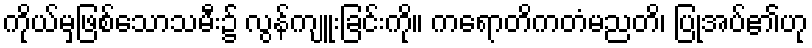
ကိုယ်မှဖြစ်သောသမီး၌ လွန်ကျူးခြင်းကို။ ကရောတိကတံမညတိ၊ ပြုအပ်၏ဟု